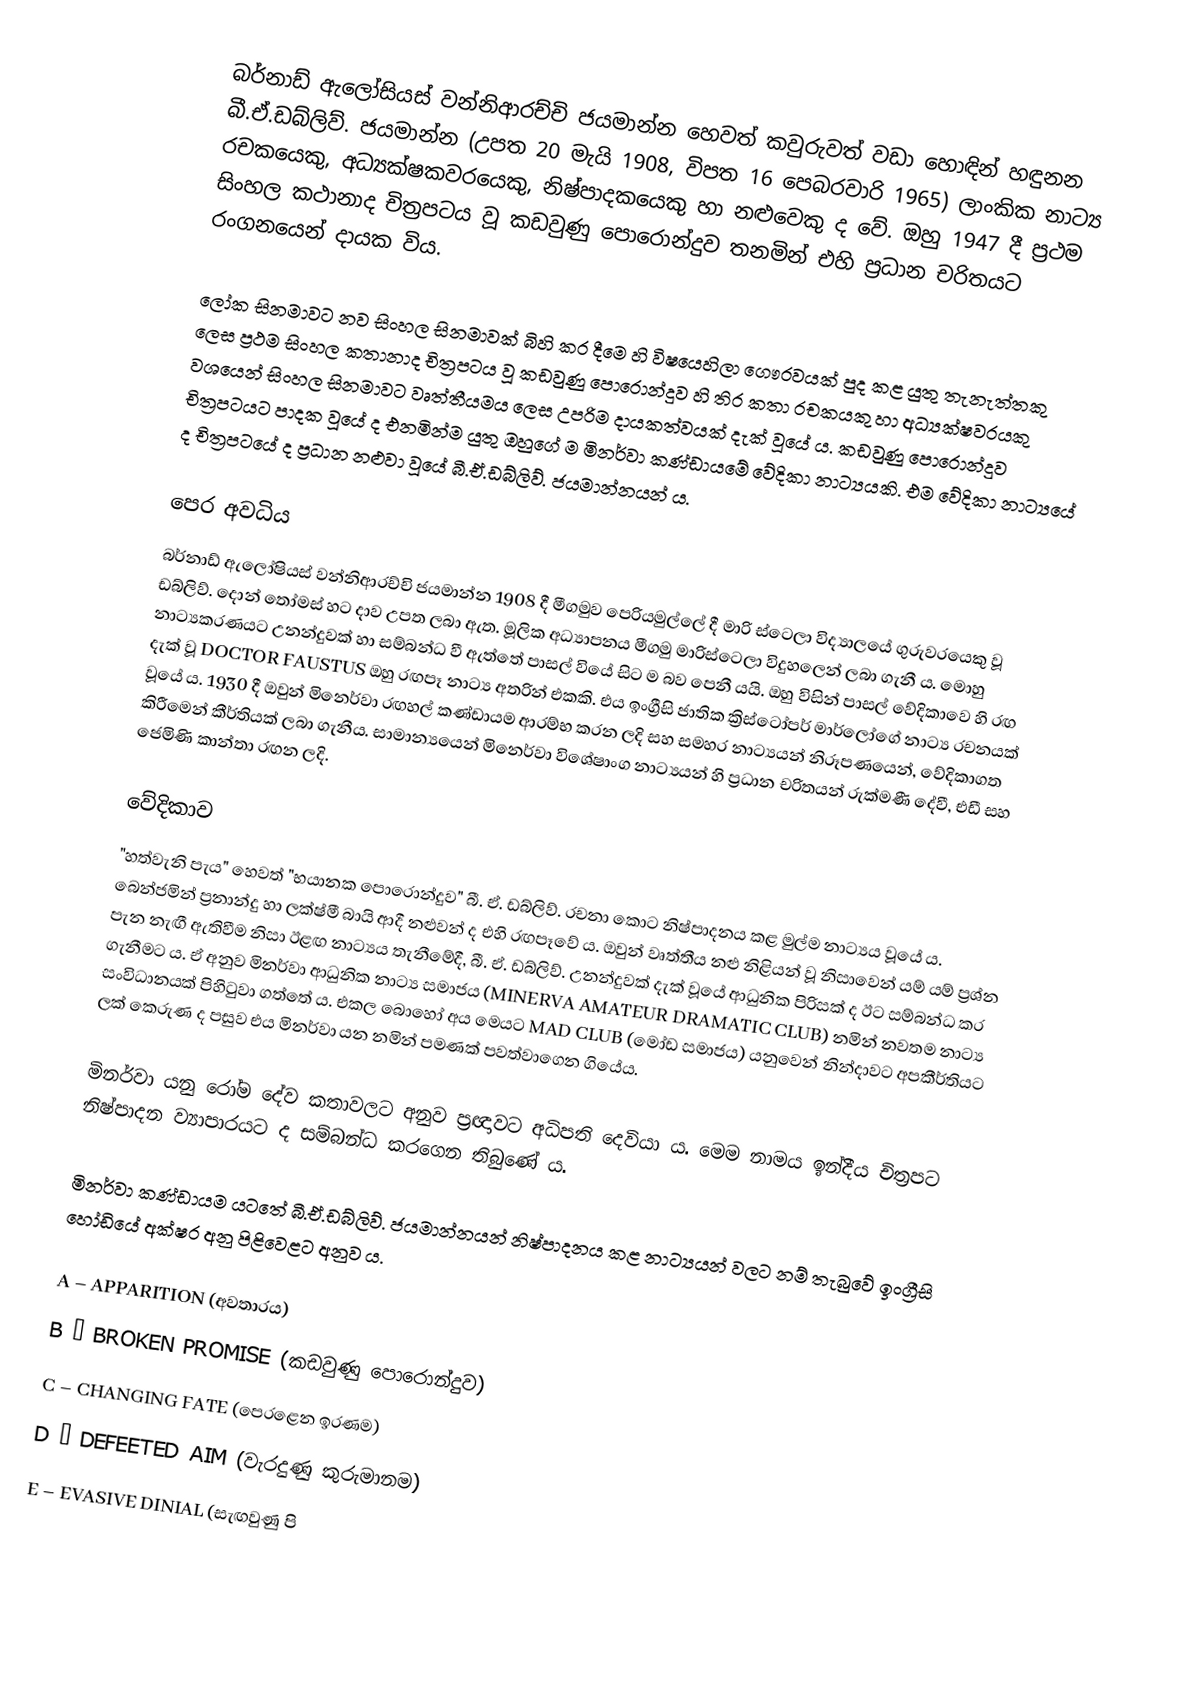
බර්නාඩ් ඇලෝසියස් වන්නිආරච්චි ජයමාන්න හෙවත් කවුරුවත් වඩා හොඳින් හඳුනන බී.ඒ.ඩබ්ලිව්. ජයමාන්න (උපත 20 මැයි 1908, විපත 16 පෙබරවාරි 1965) ලාංකික නාට්‍ය රචකයෙකු, අධ්‍යක්ෂකවරයෙකු, නිෂ්පාදකයෙකු හා නළුවෙකු ද වේ. ඔහු 1947 දී ප්‍රථම සිංහල කථානාද චිත්‍රපටය වූ කඩවුණු පොරොන්දුව තනමින් එහි ප්‍රධාන චරිතයට රංගනයෙන් දායක විය.

ලෝක සිනමාවට නව සිංහල සිනමාවක් බිහි කර දීමෙ හි විෂයෙහිලා ගෞරවයක් පුද කළ යුතු තැනැත්තකු ලෙස ප්‍රථම සිංහල කතානාද චිත්‍රපටය වූ කඩවුණු පොරොන්දුව හි තිර කතා රචකයකු හා අධ්‍යක්ෂවරයකු වශයෙන් සිංහල සිනමාවට වෘත්තීයමය ලෙස උපරිම දායකත්වයක් දැක් වූයේ ය. කඩවුණු පොරොන්දුව චිත්‍රපටයට පාදක වූයේ ද එනමින්ම යුතු ඔහුගේ ම මිනර්වා කණ්ඩායමේ වේදිකා නාට්‍යයකි. එම වේදිකා නාට්‍යයේ ද චිත්‍රපටයේ ද ප්‍රධාන නළුවා වූයේ බී.ඒ.ඩබ්ලිව්. ජයමාන්නයන් ය.

පෙර අවධිය
බර්නාඩ් ඇලෝෂියස් වන්නිආරච්චි ජයමාන්න 1908 දී මීගමුව පෙරියමුල්ලේ දී මාරි ස්ටෙලා විද්‍යාලයේ ගුරුවරයෙකු වූ ඩබ්ලිව්. දොන් තෝමස් හට දාව උපත ලබා ඇත. මූලික අධ්‍යාපනය මීගමු මාරිස්ටෙලා විදුහලෙන් ලබා ගැනී ය. මොහු නාට්‍යකරණයට උනන්දුවක් හා සම්බන්ධ වී ඇත්තේ පාසල් වියේ සිට ම බව පෙනී යයි. ඔහු විසින් පාසල් වේදිකාවෙ හි රඟ දැක් වූ DOCTOR FAUSTUS ඔහු රඟපෑ නාට්‍ය අතරින් එකකි. එය ඉංග්‍රීසි ජාතික ක්‍රිස්ටෝපර් මාර්ලෝගේ නාට්‍ය රචනයක් වූයේ ය. 1930 දී ඔවුන් මිනෙර්වා රඟහල් කණ්ඩායම ආරම්භ කරන ලදි සහ සමහර නාට්‍යයන් නිරූපණයෙන්, වේදිකාගත කිරීමෙන් කීර්තියක් ලබා ගැනීය. සාමාන්‍යයෙන් මිනෙර්වා විශේෂාංග නාට්‍යයන් හි ප්‍රධාන චරිතයන් රුක්මණී දේවී, එඩී සහ ජෙමිණි කාන්තා රඟන ලදි.

වේදිකාව
"හත්වැනි පැය" හෙවත් "භයානක පොරොන්දුව" බී. ඒ. ඩබ්ලිව්. රචනා කොට නිෂ්පාදනය කළ මුල්ම නාට්‍යය වූයේ ය. බෙන්ජමින් ප්‍රනාන්දු හා ලක්ෂ්මී බායි ආදී නළුවන් ද එහි රඟපෑවේ ය. ඔවුන් වෘත්තීය නළු නිළියන් වූ නිසාවෙන් යම් යම් ප්‍රශ්න පැන නැඟී ඇතිවීම නිසා ඊළඟ නාට්‍යය තැනීමේදී, බී. ඒ. ඩබ්ලිව්. උනන්දුවක් දැක් වූයේ ආධුනික පිරිසක් ද ඊට සම්බන්ධ කර ගැනීමට ය. ඒ අනුව මිනර්වා ආධුනික නාට්‍ය සමාජය (MINERVA AMATEUR DRAMATIC CLUB) නමින් නවතම නාට්‍ය සංවිධානයක් පිහිටුවා ගත්තේ ය. එකල බොහෝ අය මෙයට MAD CLUB (මෝඩ සමාජය) යනුවෙන් නින්දාවට අපකීර්තියට ලක් කෙරුණ ද පසුව එය මිනර්වා යන නමින් පමණක් පවත්වාගෙන ගියේය.

මිනර්වා යනු රෝම දේව කතාවලට අනුව ප්‍රඥාවට අධිපති දෙවියා ය. මෙම නාමය ඉන්දීය චිත්‍රපට නිෂ්පාදන ව්‍යාපාරයට ද සම්බන්ධ කරගෙන තිබුණේ ය.

 මිනර්වා කණ්ඩායම යටතේ බී.ඒ.ඩබ්ලිව්. ජයමාන්නයන් නිෂ්පාදනය කළ නාට්‍යයන් වලට නම් තැබුවේ ඉංග්‍රීසි හෝඩියේ අක්ෂර අනු පිළිවෙළට අනුව ය.

 A – APPARITION (අවතාරය)
 B – BROKEN PROMISE (කඩවුණු පොරොන්දුව)
 C – CHANGING FATE (පෙරළෙන ඉරණම)
 D – DEFEETED AIM (වැරදුණු කුරුමානම)
 E – EVASIVE DINIAL (සැඟවුණු පි